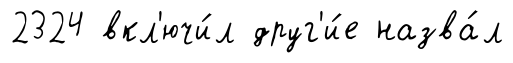
2324 вкл'ючи́л друг'и́е назва́л